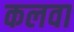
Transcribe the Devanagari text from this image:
कलवा